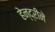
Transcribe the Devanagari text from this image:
हेन्द्रीने